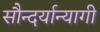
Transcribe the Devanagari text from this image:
सौन्दर्यान्यागी